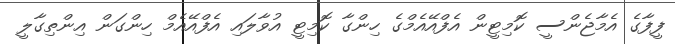
ފީފާގެ އެމާޖެންސީ ކޮމިޓީން އެފްއޭއެމްގެ ހިންގާ ކޮމިޓީ އުވާލައި އެފްއޭއެމް ހިންގަން އިންތިގާލީ